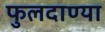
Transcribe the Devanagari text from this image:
फुलदाण्या